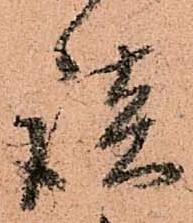
談